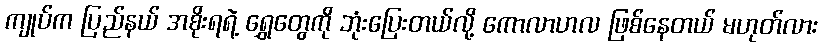
ကျုပ်က ပြည်နယ် အစိုးရရဲ့ ရွှေတွေကို ဘုံးပြေးတယ်လို့ ကောလာဟလ ဖြစ်နေတယ် မဟုတ်လား